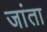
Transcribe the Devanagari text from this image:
जांता